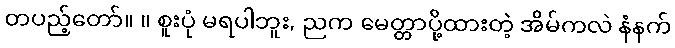
တပည့်တော်။ ။ စူးပုံ မရပါဘူး, ညက မေတ္တာပို့ထားတဲ့ အိမ်ကလဲ နံနက်